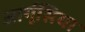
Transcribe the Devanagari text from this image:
आर्गूसिया